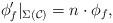
LaTeX: \begin{align*}\phi'_{f}|_{\Sigma(\mathcal{C})}=n\cdot\phi_{f},\end{align*}